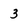
Character: 3